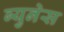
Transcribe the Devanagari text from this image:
ब्युनेस